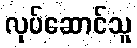
လုပ်ဆောင်သူ